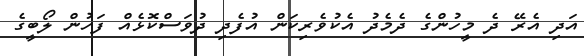
އަދި އެރޭ ދެ މީހުންގެ ދެމެދު އެކުވެރިކަން އުފެދި ދުވަސްކޮޅެއް ފަހުން ލޯބީގެ